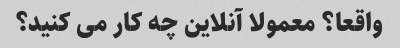
واقعا؟ معمولا آنلاین چه کار می کنید؟